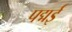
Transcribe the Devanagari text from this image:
पद्मई